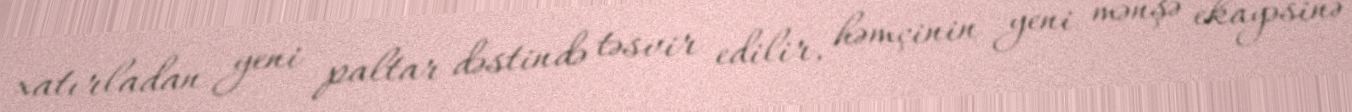
xatırladan yeni paltar dəstində təsvir edilir, həmçinin yeni mənşə ekayəsinə